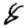
Digit: 8